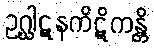
ဥဂ္ဃါဋနကိဋိကန္တိ